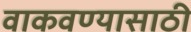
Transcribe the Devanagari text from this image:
वाकवण्यासाठी